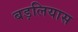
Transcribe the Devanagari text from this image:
बड़लियास